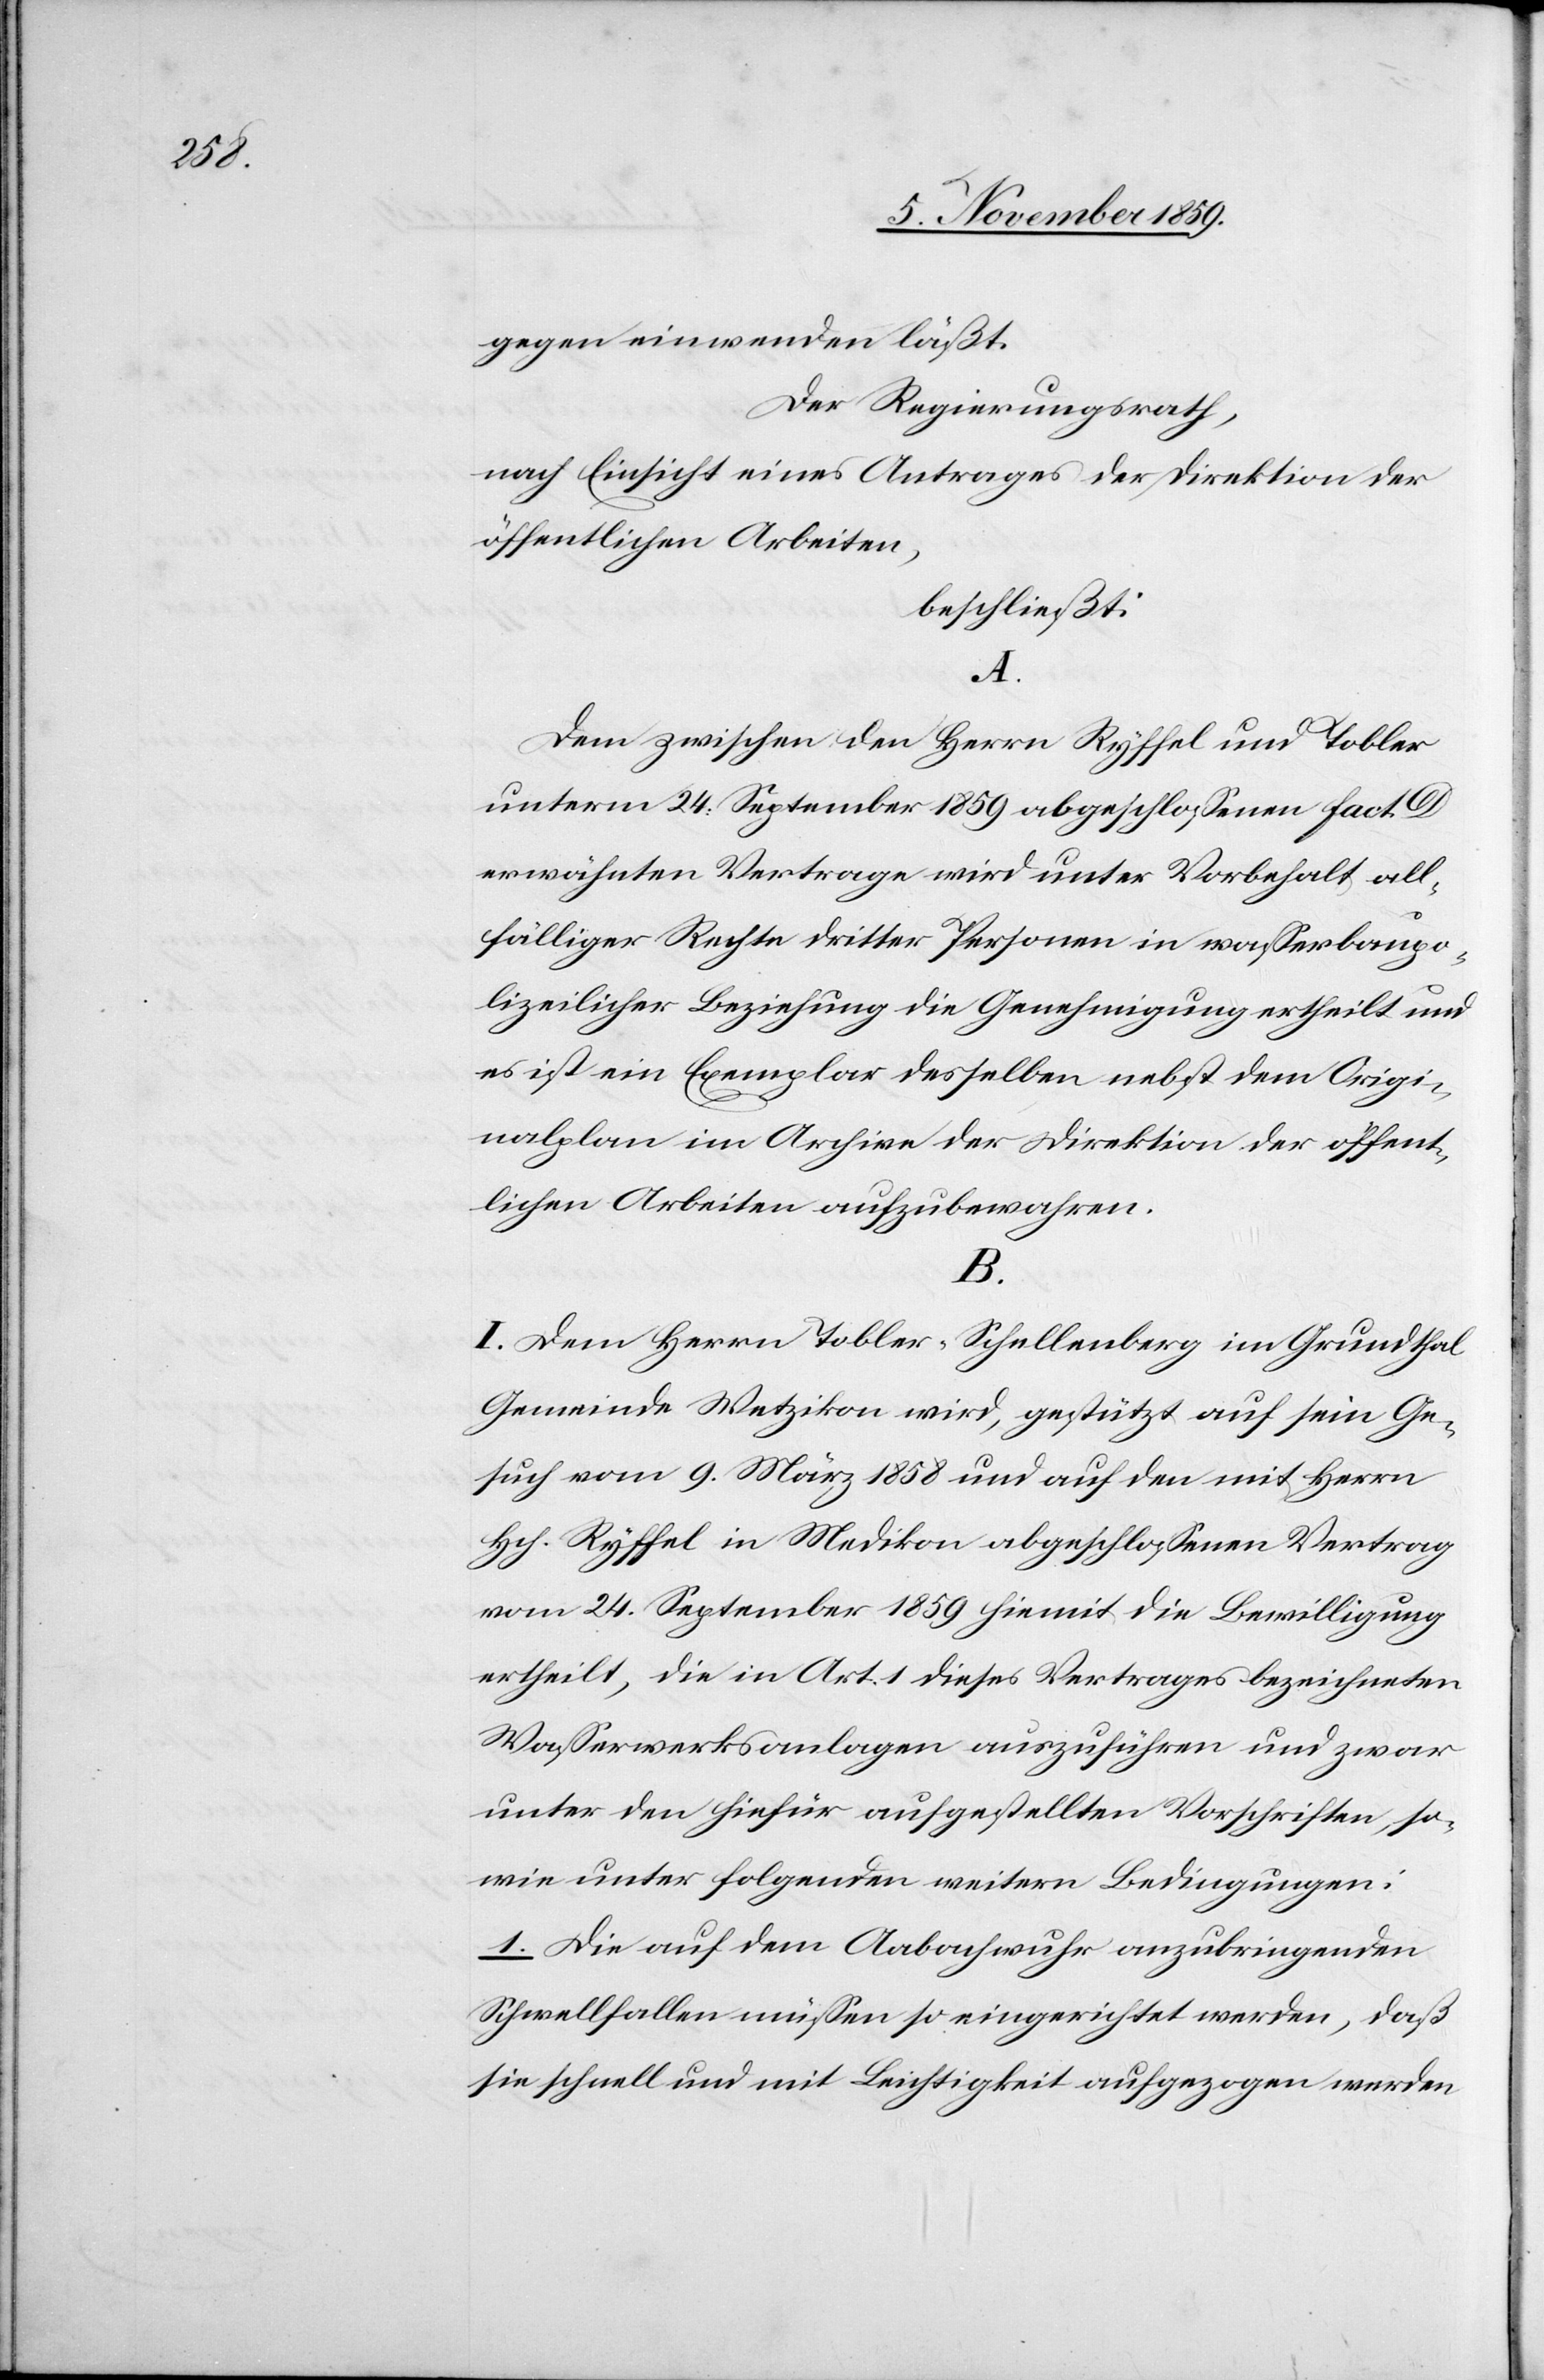
gegen einwenden läßt.
Der Regierungsrath,
nach Einsicht eines Antrages der Direktion der
öffentlichen Arbeiten,
beschließt:
A.
Dem zwischen den Herrn Ryffel und Tobler
unterm 24. September 1859 abgeschlossenen fact. D
erwähnten Vertrage wird unter Vorbehalt all¬
fälliger Rechte dritter Personen in wasserbaupo¬
lizeilicher Beziehung die Genehmigung ertheilt und
es ist ein Exemplar desselben nebst dem Origi¬
nalplan im Archiv der Direktion der öffent¬
lichen Arbeiten aufzubewahren.
B.
I. Dem Herrn Tobler-Schellenberg im Grundthal
Gemeinde Wetzikon wird, gestützt auf sein Ge¬
such vom 9. März 1858 und auf den mit Herrn
Hch. Ryffel in Medikon abgeschlossenen Vertrag
vom 24. September 1859 hiemit die Bewilligung
ertheilt, die in Art. 1 dieses Vertrages bezeichneten
Wasserwerksanlagen auszuführen und zwar
unter den hiefür aufgestellten Vorschriften, so¬
wie unter folgenden weiteren Bedingungen:
1. Die auf dem Aabachwuhr anzubringenden
Schwellfallen müssen so eingerichtet werden, daß
sie schnell und mit Leichtigkeit aufgezogen werden